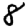
Digit: 8